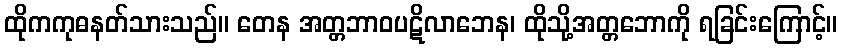
ထိုကကုဓနတ်သားသည်။ တေန အတ္တဘာဝပဋိလာဘေန၊ ထိုသို့အတ္တဘောကို ရခြင်းကြောင့်။